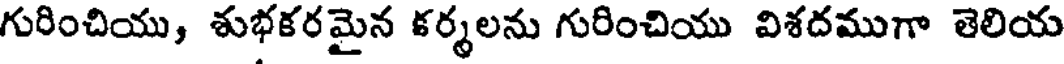
గురించియు, శుభకరమైన కర్మలను గురించియు విశదముగా తెలియ